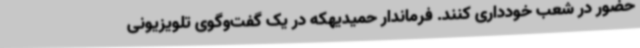
حضور در شعب خودداری کنند. فرماندار حمیدیهکه در یک گفت‌وگوی تلویزیونی